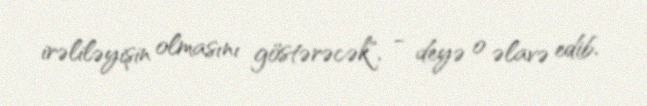
irəliləyişin olmasını göstərəcək", - deyə o əlavə edib.